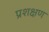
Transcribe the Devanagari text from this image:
प्रशक्षण